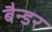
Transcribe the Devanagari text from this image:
बैन्डर